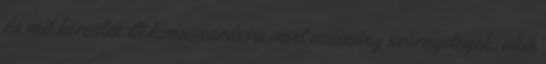
és mit kerestek itt kimaskarázva mint ocsmány szörnyetegek, akik